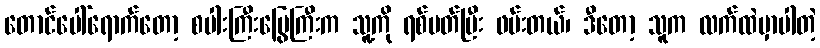
တောင်ပေါ်ရောက်တော့ စပါးကြီးမြွေကြီးက သူ့ကို ရစ်ပတ်ပြီး ဖမ်းတယ်၊ ဒီတော့ သူက လက်ထဲမှာပါတဲ့